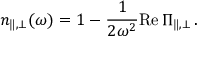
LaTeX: n _ { \| , \bot } ( \omega ) = 1 - \frac { 1 } { 2 \omega ^ { 2 } } \mathrm { R e } \, \Pi _ { \| , \bot } \, .